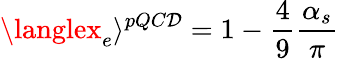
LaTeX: \langlex_{e}\rangle{}^{pQC\mathcal{D}}=1-\frac{{4}}{{9}}\frac{{\alpha_{s}}}{{\pi}}